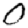
Digit: 0